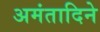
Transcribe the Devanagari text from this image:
अमंतादिने